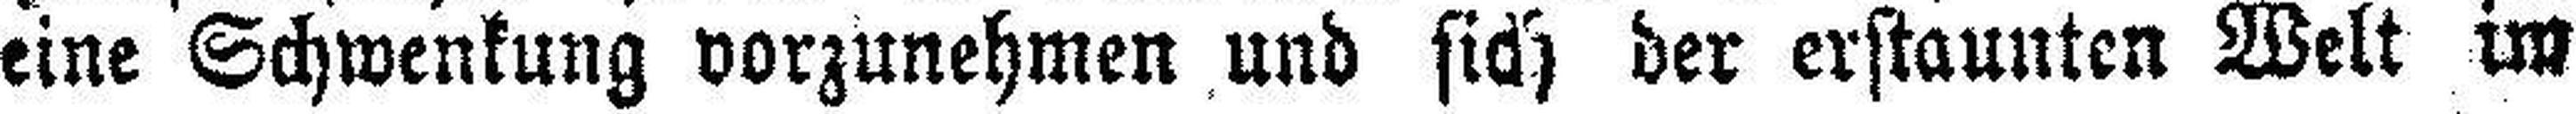
eine Schwenkung vorzunehmen und sich der erstaunten Welt im